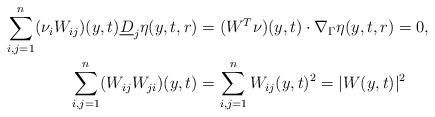
LaTeX: \begin{align*} \sum_{i,j=1}^n(\nu_iW_{ij})(y,t)\underline{D}_j\eta(y,t,r) &= (W^T\nu)(y,t)\cdot\nabla_\Gamma\eta(y,t,r) = 0, \\ \sum_{i,j=1}^n(W_{ij}W_{ji})(y,t) &= \sum_{i,j=1}^nW_{ij}(y,t)^2 = |W(y,t)|^2\end{align*}